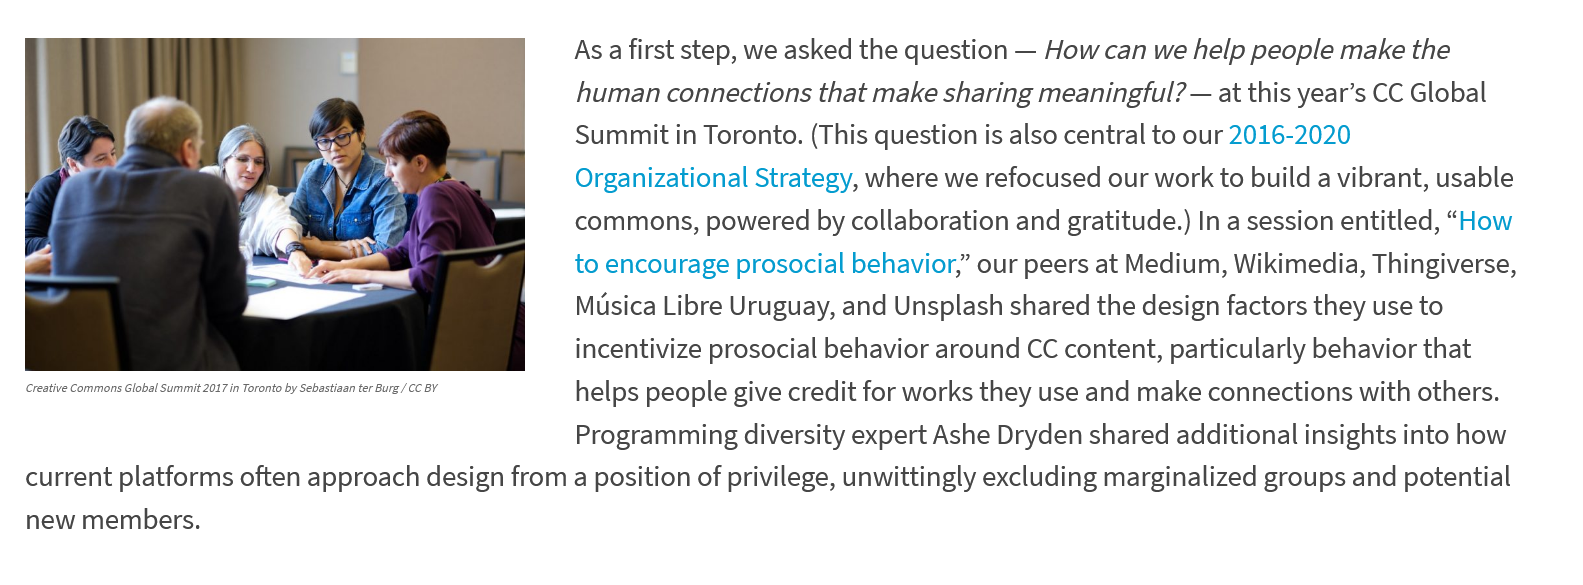
Creative Commons Global Summit 2017 in Toronto by Sebastian ter Burg / CC BY
     As a first step, we asked the question —
     How can we help people make the
     human  connections that make sharing meaningful? —
     at this year’s CC Global
     Summit  in Toronto. (This question is also central to our 2016-2020
     Organizational Strategy, where we refocused our work to build a vibrant, usable
     commons, powered by collaboration and gratitude.) In a session entitled, “How
     to encourage prosocial behavior,” our peers at Medium, Wikimedia, Thingiverse,
     Musica Libre Uruguay, and Unsplash shared the design factors they use to
     incentivize prosocial behavior around CC content, particularly behavior that
     helps people give credit for works they use and make connections with others.
     Programming diversity expert Ashe Dryden shared additional insights into how
  current platforms often approach design from a position of privilege, unwittingly excluding marginalized groups and potential
   new members.